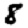
Digit: 8